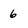
Character: 6